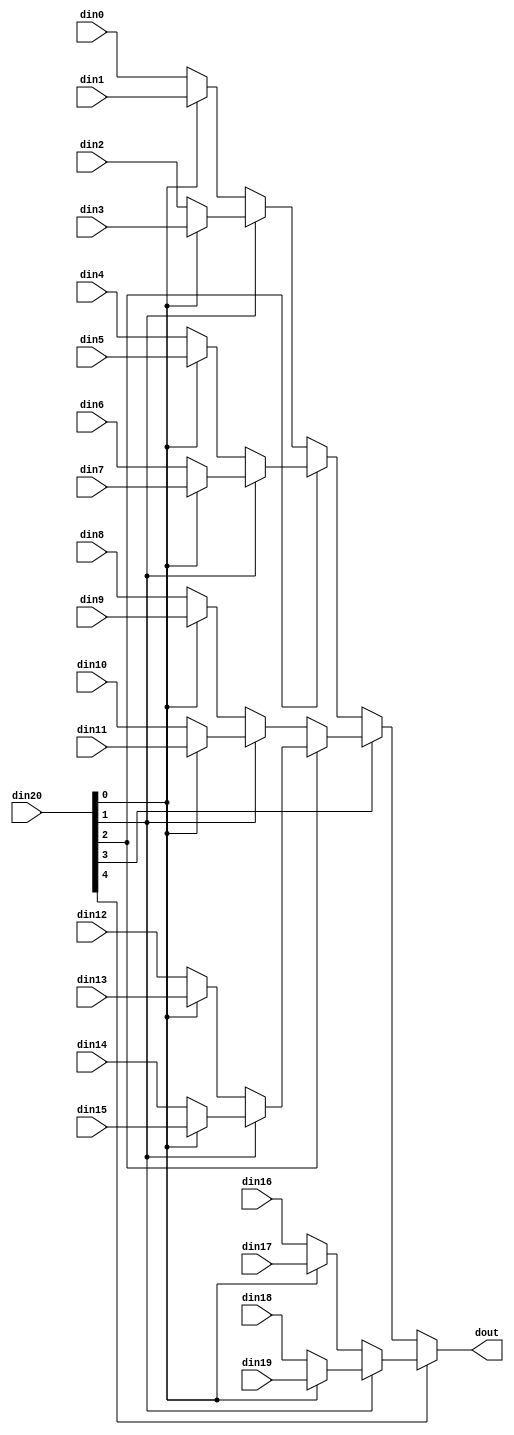
// ==============================================================
// Vivado(TM) HLS - High-Level Synthesis from C, C++ and SystemC v2019.2 (64-bit)
// Copyright 1986-2019 Xilinx, Inc. All Rights Reserved.
// ==============================================================

`timescale 1ns/1ps

module kws_mux_2016_32_1_1 #(
parameter
    ID                = 0,
    NUM_STAGE         = 1,
    din0_WIDTH       = 32,
    din1_WIDTH       = 32,
    din2_WIDTH       = 32,
    din3_WIDTH       = 32,
    din4_WIDTH       = 32,
    din5_WIDTH       = 32,
    din6_WIDTH       = 32,
    din7_WIDTH       = 32,
    din8_WIDTH       = 32,
    din9_WIDTH       = 32,
    din10_WIDTH       = 32,
    din11_WIDTH       = 32,
    din12_WIDTH       = 32,
    din13_WIDTH       = 32,
    din14_WIDTH       = 32,
    din15_WIDTH       = 32,
    din16_WIDTH       = 32,
    din17_WIDTH       = 32,
    din18_WIDTH       = 32,
    din19_WIDTH       = 32,
    din20_WIDTH         = 32,
    dout_WIDTH            = 32
)(
    input  [31 : 0]     din0,
    input  [31 : 0]     din1,
    input  [31 : 0]     din2,
    input  [31 : 0]     din3,
    input  [31 : 0]     din4,
    input  [31 : 0]     din5,
    input  [31 : 0]     din6,
    input  [31 : 0]     din7,
    input  [31 : 0]     din8,
    input  [31 : 0]     din9,
    input  [31 : 0]     din10,
    input  [31 : 0]     din11,
    input  [31 : 0]     din12,
    input  [31 : 0]     din13,
    input  [31 : 0]     din14,
    input  [31 : 0]     din15,
    input  [31 : 0]     din16,
    input  [31 : 0]     din17,
    input  [31 : 0]     din18,
    input  [31 : 0]     din19,
    input  [15 : 0]    din20,
    output [31 : 0]   dout);

// puts internal signals
wire [15 : 0]     sel;
// level 1 signals
wire [31 : 0]         mux_1_0;
wire [31 : 0]         mux_1_1;
wire [31 : 0]         mux_1_2;
wire [31 : 0]         mux_1_3;
wire [31 : 0]         mux_1_4;
wire [31 : 0]         mux_1_5;
wire [31 : 0]         mux_1_6;
wire [31 : 0]         mux_1_7;
wire [31 : 0]         mux_1_8;
wire [31 : 0]         mux_1_9;
// level 2 signals
wire [31 : 0]         mux_2_0;
wire [31 : 0]         mux_2_1;
wire [31 : 0]         mux_2_2;
wire [31 : 0]         mux_2_3;
wire [31 : 0]         mux_2_4;
// level 3 signals
wire [31 : 0]         mux_3_0;
wire [31 : 0]         mux_3_1;
wire [31 : 0]         mux_3_2;
// level 4 signals
wire [31 : 0]         mux_4_0;
wire [31 : 0]         mux_4_1;
// level 5 signals
wire [31 : 0]         mux_5_0;
// level 6 signals
wire [31 : 0]         mux_6_0;
// level 7 signals
wire [31 : 0]         mux_7_0;
// level 8 signals
wire [31 : 0]         mux_8_0;
// level 9 signals
wire [31 : 0]         mux_9_0;
// level 10 signals
wire [31 : 0]         mux_10_0;
// level 11 signals
wire [31 : 0]         mux_11_0;
// level 12 signals
wire [31 : 0]         mux_12_0;
// level 13 signals
wire [31 : 0]         mux_13_0;
// level 14 signals
wire [31 : 0]         mux_14_0;
// level 15 signals
wire [31 : 0]         mux_15_0;
// level 16 signals
wire [31 : 0]         mux_16_0;

assign sel = din20;

// Generate level 1 logic
assign mux_1_0 = (sel[0] == 0)? din0 : din1;
assign mux_1_1 = (sel[0] == 0)? din2 : din3;
assign mux_1_2 = (sel[0] == 0)? din4 : din5;
assign mux_1_3 = (sel[0] == 0)? din6 : din7;
assign mux_1_4 = (sel[0] == 0)? din8 : din9;
assign mux_1_5 = (sel[0] == 0)? din10 : din11;
assign mux_1_6 = (sel[0] == 0)? din12 : din13;
assign mux_1_7 = (sel[0] == 0)? din14 : din15;
assign mux_1_8 = (sel[0] == 0)? din16 : din17;
assign mux_1_9 = (sel[0] == 0)? din18 : din19;

// Generate level 2 logic
assign mux_2_0 = (sel[1] == 0)? mux_1_0 : mux_1_1;
assign mux_2_1 = (sel[1] == 0)? mux_1_2 : mux_1_3;
assign mux_2_2 = (sel[1] == 0)? mux_1_4 : mux_1_5;
assign mux_2_3 = (sel[1] == 0)? mux_1_6 : mux_1_7;
assign mux_2_4 = (sel[1] == 0)? mux_1_8 : mux_1_9;

// Generate level 3 logic
assign mux_3_0 = (sel[2] == 0)? mux_2_0 : mux_2_1;
assign mux_3_1 = (sel[2] == 0)? mux_2_2 : mux_2_3;
assign mux_3_2 = mux_2_4;

// Generate level 4 logic
assign mux_4_0 = (sel[3] == 0)? mux_3_0 : mux_3_1;
assign mux_4_1 = mux_3_2;

// Generate level 5 logic
assign mux_5_0 = (sel[4] == 0)? mux_4_0 : mux_4_1;

// Generate level 6 logic
assign mux_6_0 = mux_5_0;

// Generate level 7 logic
assign mux_7_0 = mux_6_0;

// Generate level 8 logic
assign mux_8_0 = mux_7_0;

// Generate level 9 logic
assign mux_9_0 = mux_8_0;

// Generate level 10 logic
assign mux_10_0 = mux_9_0;

// Generate level 11 logic
assign mux_11_0 = mux_10_0;

// Generate level 12 logic
assign mux_12_0 = mux_11_0;

// Generate level 13 logic
assign mux_13_0 = mux_12_0;

// Generate level 14 logic
assign mux_14_0 = mux_13_0;

// Generate level 15 logic
assign mux_15_0 = mux_14_0;

// Generate level 16 logic
assign mux_16_0 = mux_15_0;

// output logic
assign dout = mux_16_0;

endmodule